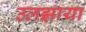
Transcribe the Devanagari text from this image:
उलझाया